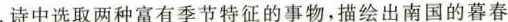
. 诗中选取两种富有季节特征的事物，描绘出南国的暮春